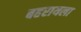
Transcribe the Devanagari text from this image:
बहरायला